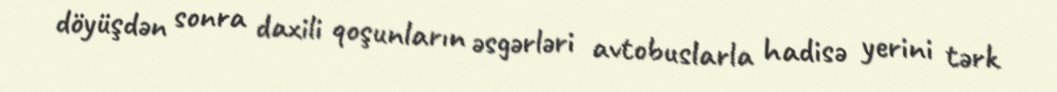
döyüşdən sonra daxili qoşunların əsgərləri avtobuslarla hadisə yerini tərk